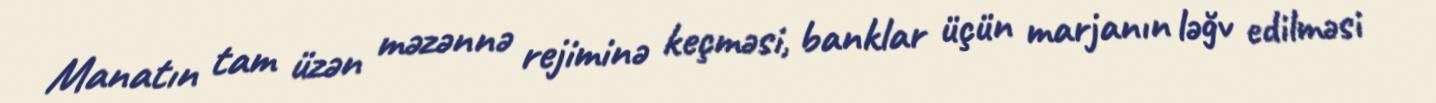
Manatın tam üzən məzənnə rejiminə keçməsi, banklar üçün marjanın ləğv edilməsi